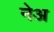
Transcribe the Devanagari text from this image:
नेअ